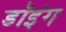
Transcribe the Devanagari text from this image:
डॉइंग